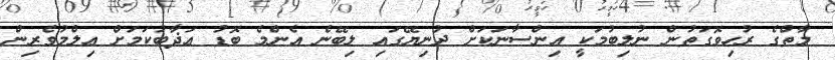
މާތްގެ ރުހިވޮގަތުން ނުލިބުމަކީ އިންސާނަކަށް ދުނިޔޭގައި ލިބޭނެ އެންމެ ބޮޑު ޢަޛާބުކަމަށް ޢިލްމުވެރިން